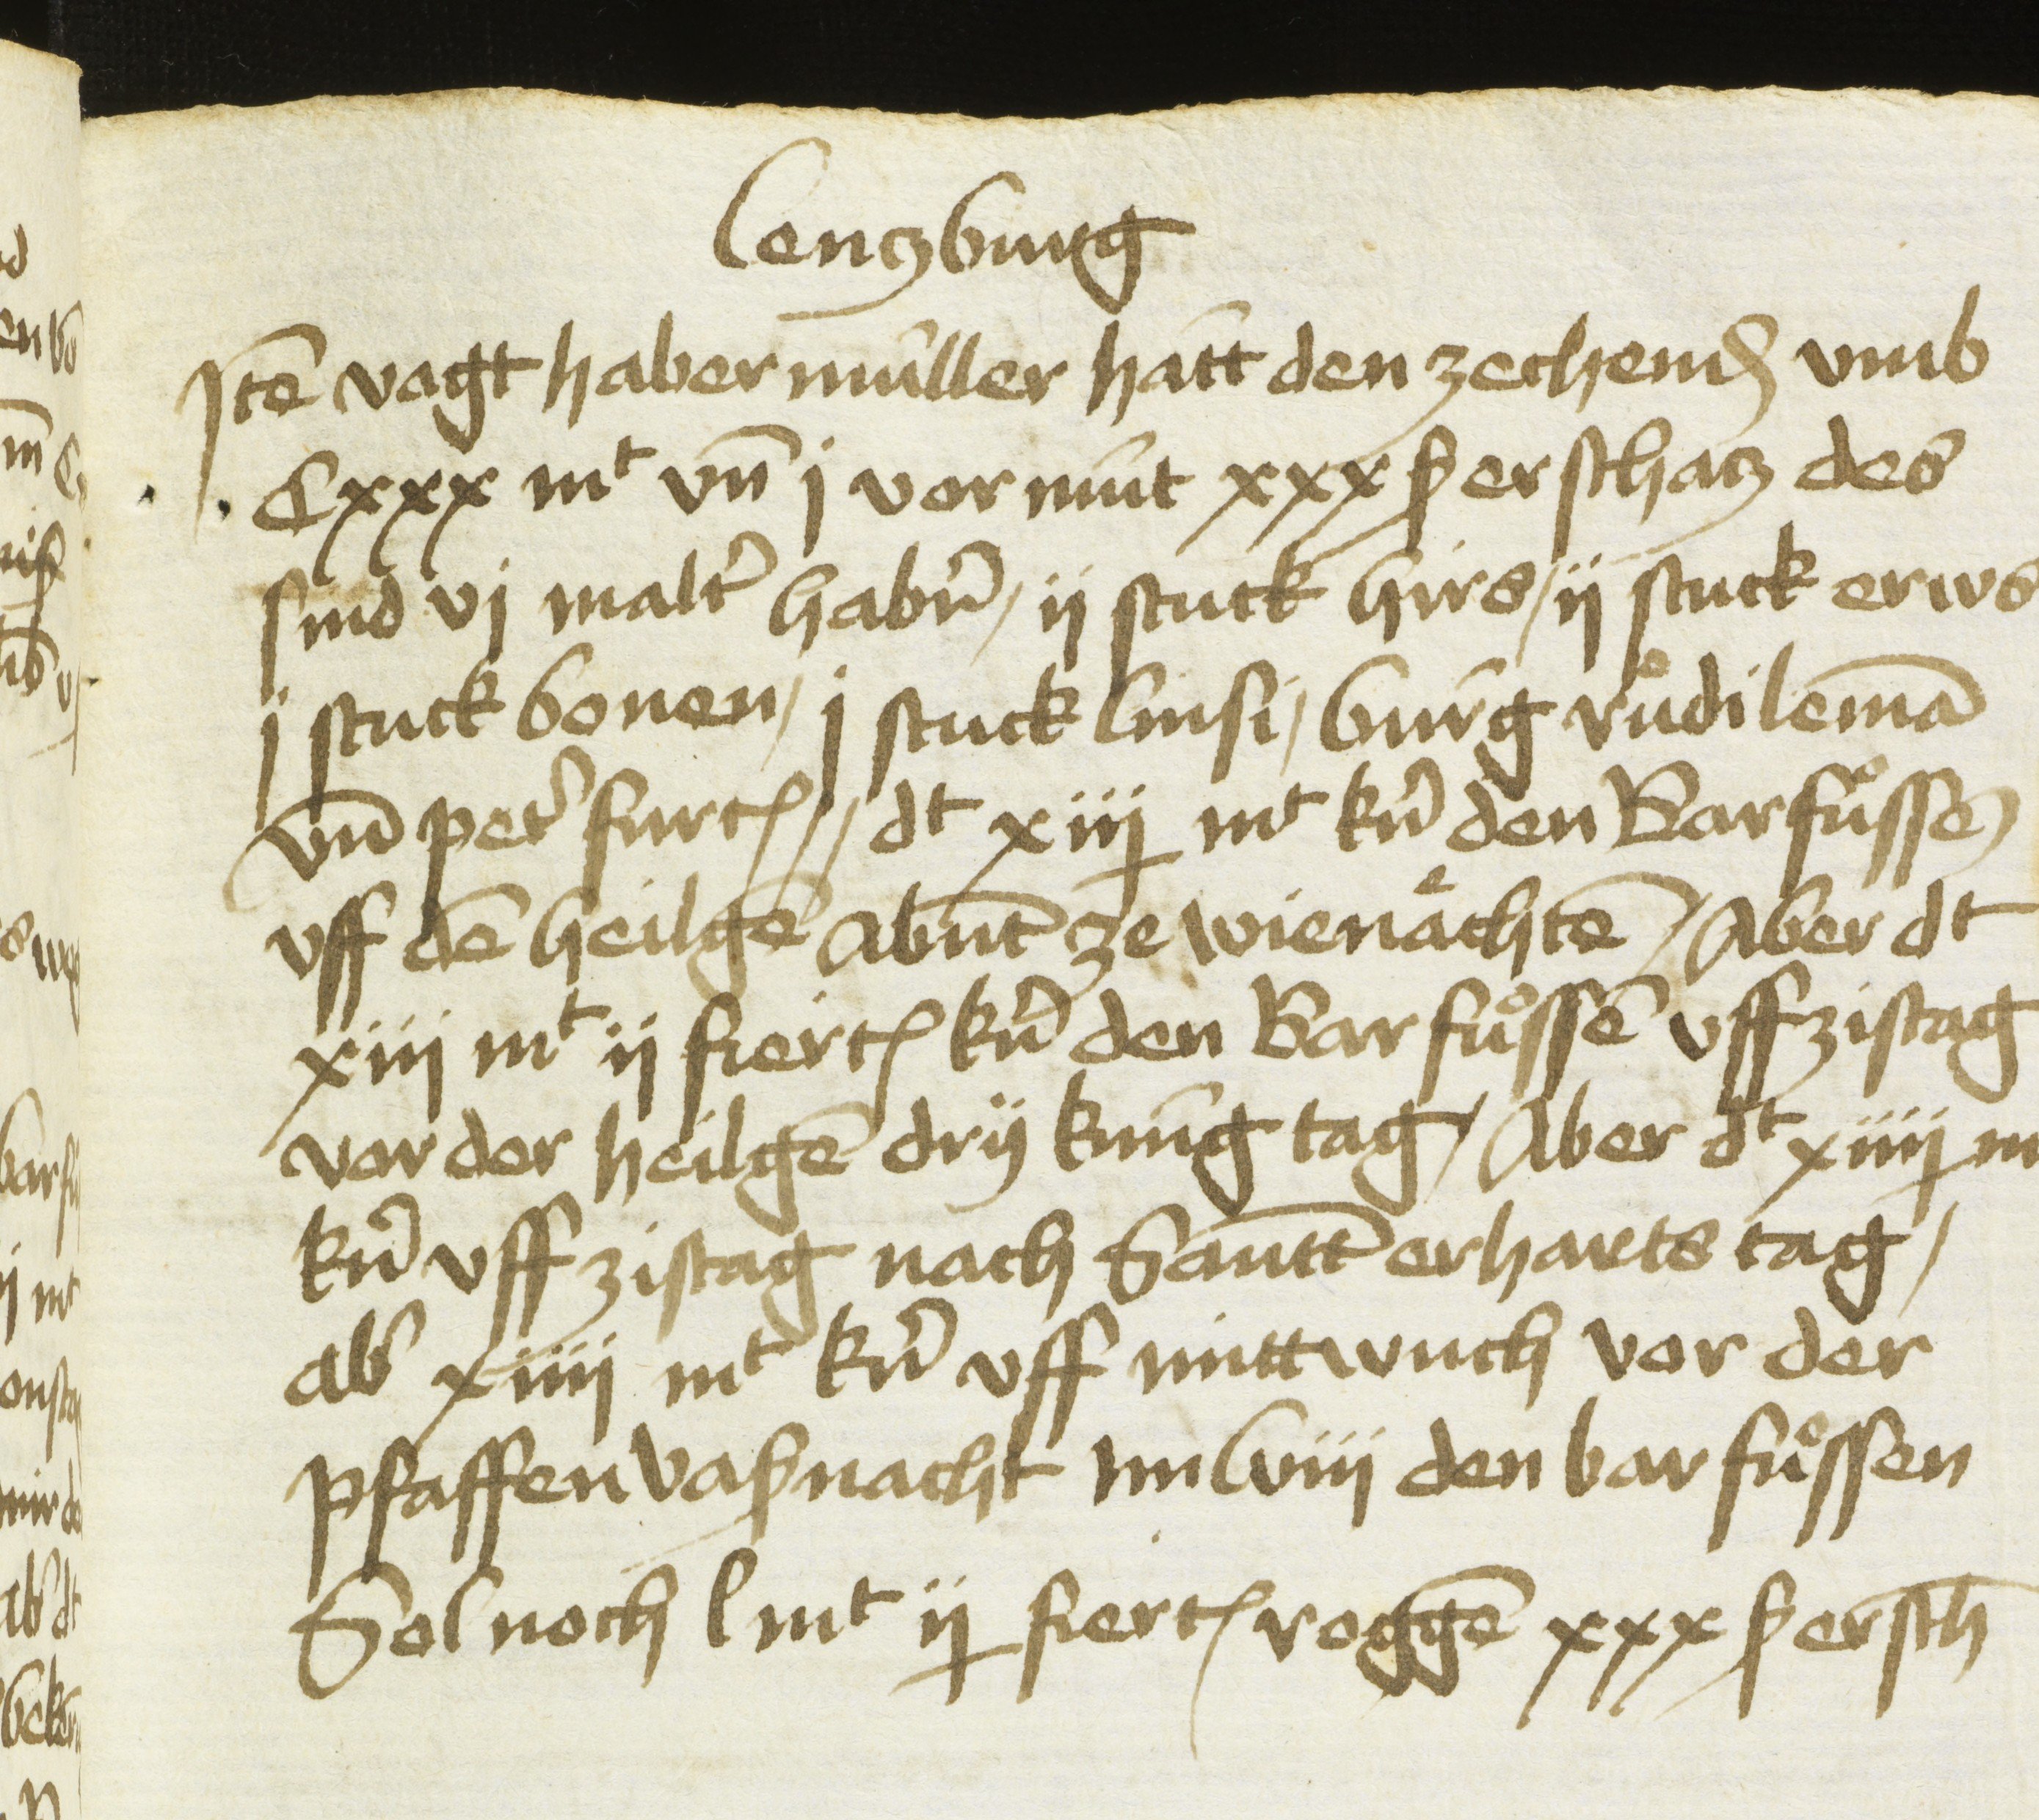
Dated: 1451–1457